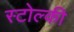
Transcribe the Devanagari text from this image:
स्टोल्की